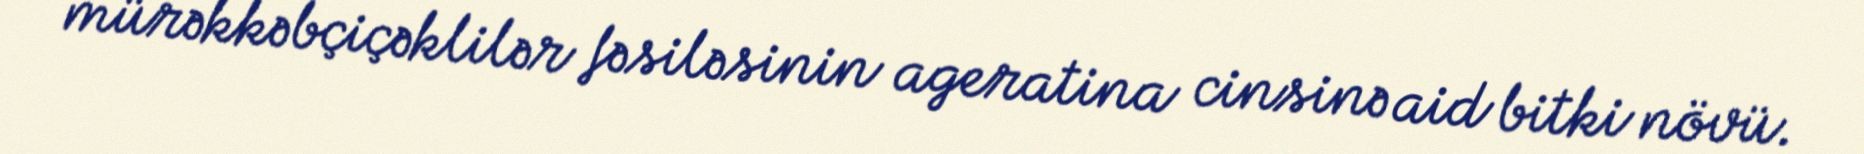
mürəkkəbçiçəklilər fəsiləsinin ageratina cinsinə aid bitki növü.